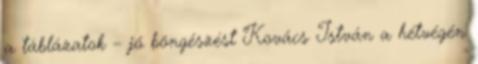
a táblázatok – jó böngészést Kovács István a hétvégén